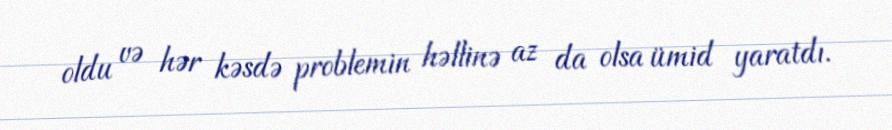
oldu və hər kəsdə problemin həllinə az da olsa ümid yaratdı.